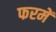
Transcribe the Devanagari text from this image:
फरमें